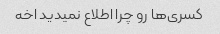
کسری‌ها رو چرا اطلاع نمیدید اخه